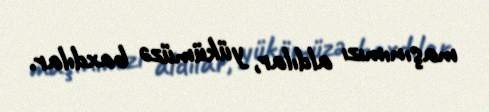
maşınımızı aldılar, yükümüzə baxdılar.